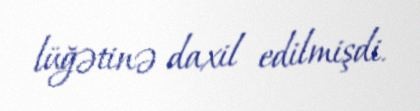
lüğətinə daxil edilmişdi.